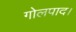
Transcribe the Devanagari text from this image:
गोलपाद।